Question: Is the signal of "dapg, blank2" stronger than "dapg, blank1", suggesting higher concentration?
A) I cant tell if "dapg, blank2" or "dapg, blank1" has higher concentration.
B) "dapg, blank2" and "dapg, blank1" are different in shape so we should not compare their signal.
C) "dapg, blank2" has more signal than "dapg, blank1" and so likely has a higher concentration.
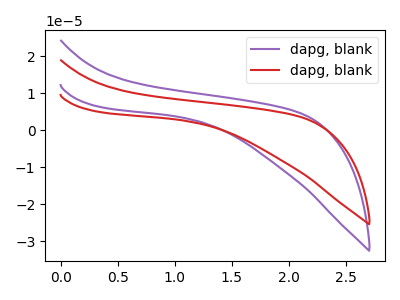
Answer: <think>The purple curve "dapg, blank1" has no peaks. The red curve "dapg, blank2" has no peaks.
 Neither "dapg, blank2" or "dapg, blank1" have any peaks.</think>
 <answer>A) I cant tell if "dapg, blank2" or "dapg, blank1" has higher concentration.</answer>
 <eval>A</eval>